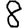
Digit: 8